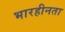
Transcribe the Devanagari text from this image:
भारहीनता